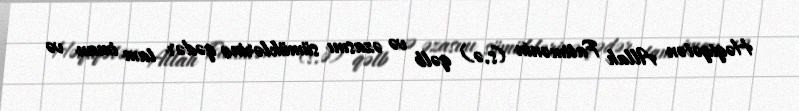
Həqiqətən Allah Fatimənin (s.ə) qəlb və əzasını sümüklərinə qədər tam iman və